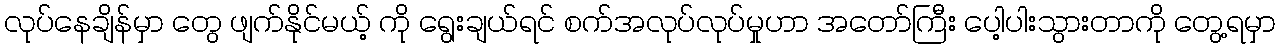
လုပ်နေချိန်မှာ တွေ ဖျက်နိုင်မယ့် ကို ရွေးချယ်ရင် စက်အလုပ်လုပ်မှုဟာ အတော်ကြီး ပေါ့ပါးသွားတာကို တွေ့ရမှာ